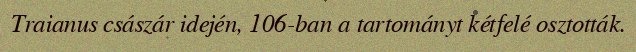
Traianus császár idején, 106-ban a tartományt kétfelé osztották.